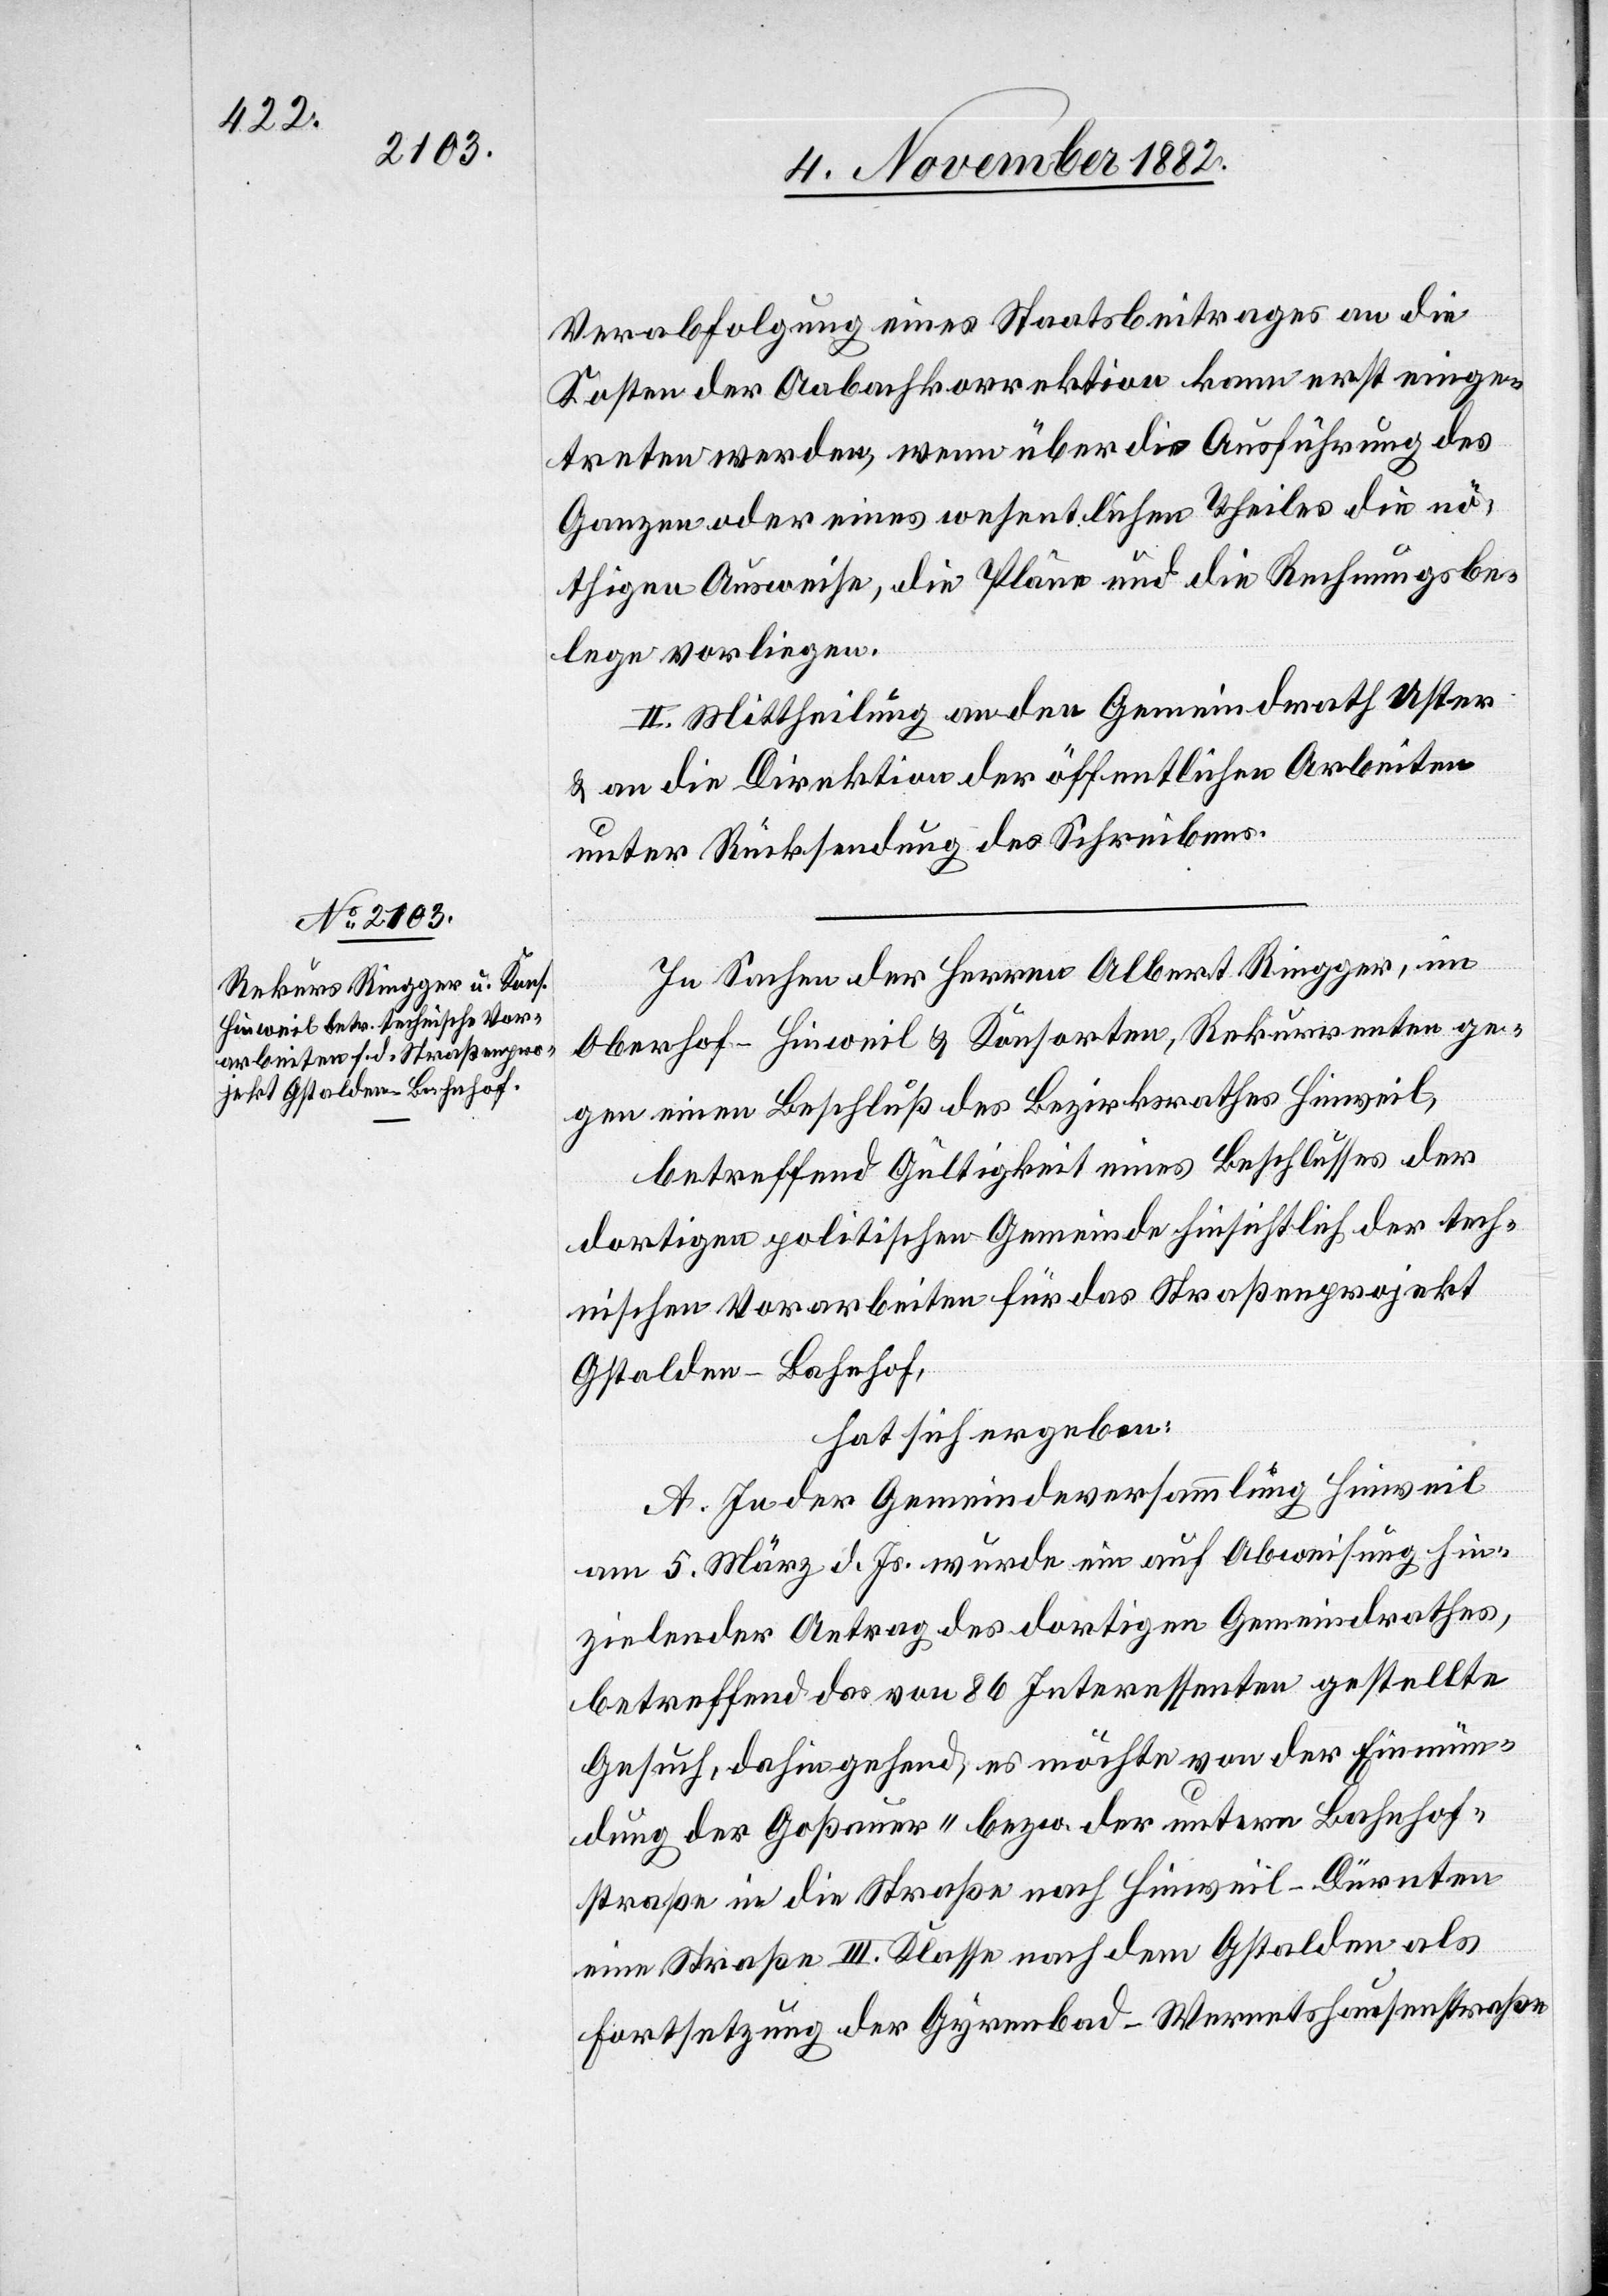
der untern Bahnhof¬

Verabfolgung eines Staatbeitrages an die
Kosten der Aabachkorrektion kann erst einge¬
treten werden, wenn über die Ausführung des
Ganzen oder eines wesentlichen Theiles die nö¬
thigen Ausweise, die Pläne und die Rechnungsbe¬
lege vorliegen.
II. Mittheilung an den Gemeindrath Uster
& an die Direktion der öffentlichen Arbeiten
unter Rücksendung des Schreibens.
In Sachen der Herren Albert Riegger, im
Oberhof - Hinweil & Konsorten, Rekurrenten ge¬
gen einen Beschluß des Bezirksrathes Hinweil,
betreffend Gültigkeit eines Beschlusses der
dortigen politischen Gemeinde hinsichtlich der tech¬
nischen Vorarbeiten für das Straßenprojekt
Gstalden–Bahnhof,
hat sich ergeben:
A. In der Gemeindeversammlung Hinweil
am 5. März d. Js. wurde ein auf Abweisung hin¬
zielender Antrag des dortigen Gemeindrathes,
betreffend das von 86 Interessenten gestellte
straße in die Straße nach Hinweil–Dürnten
eine Straße III. Klasse nach dem Gstalden als
Fortsetzung der Gyrenbad–Wermetshausenstraße